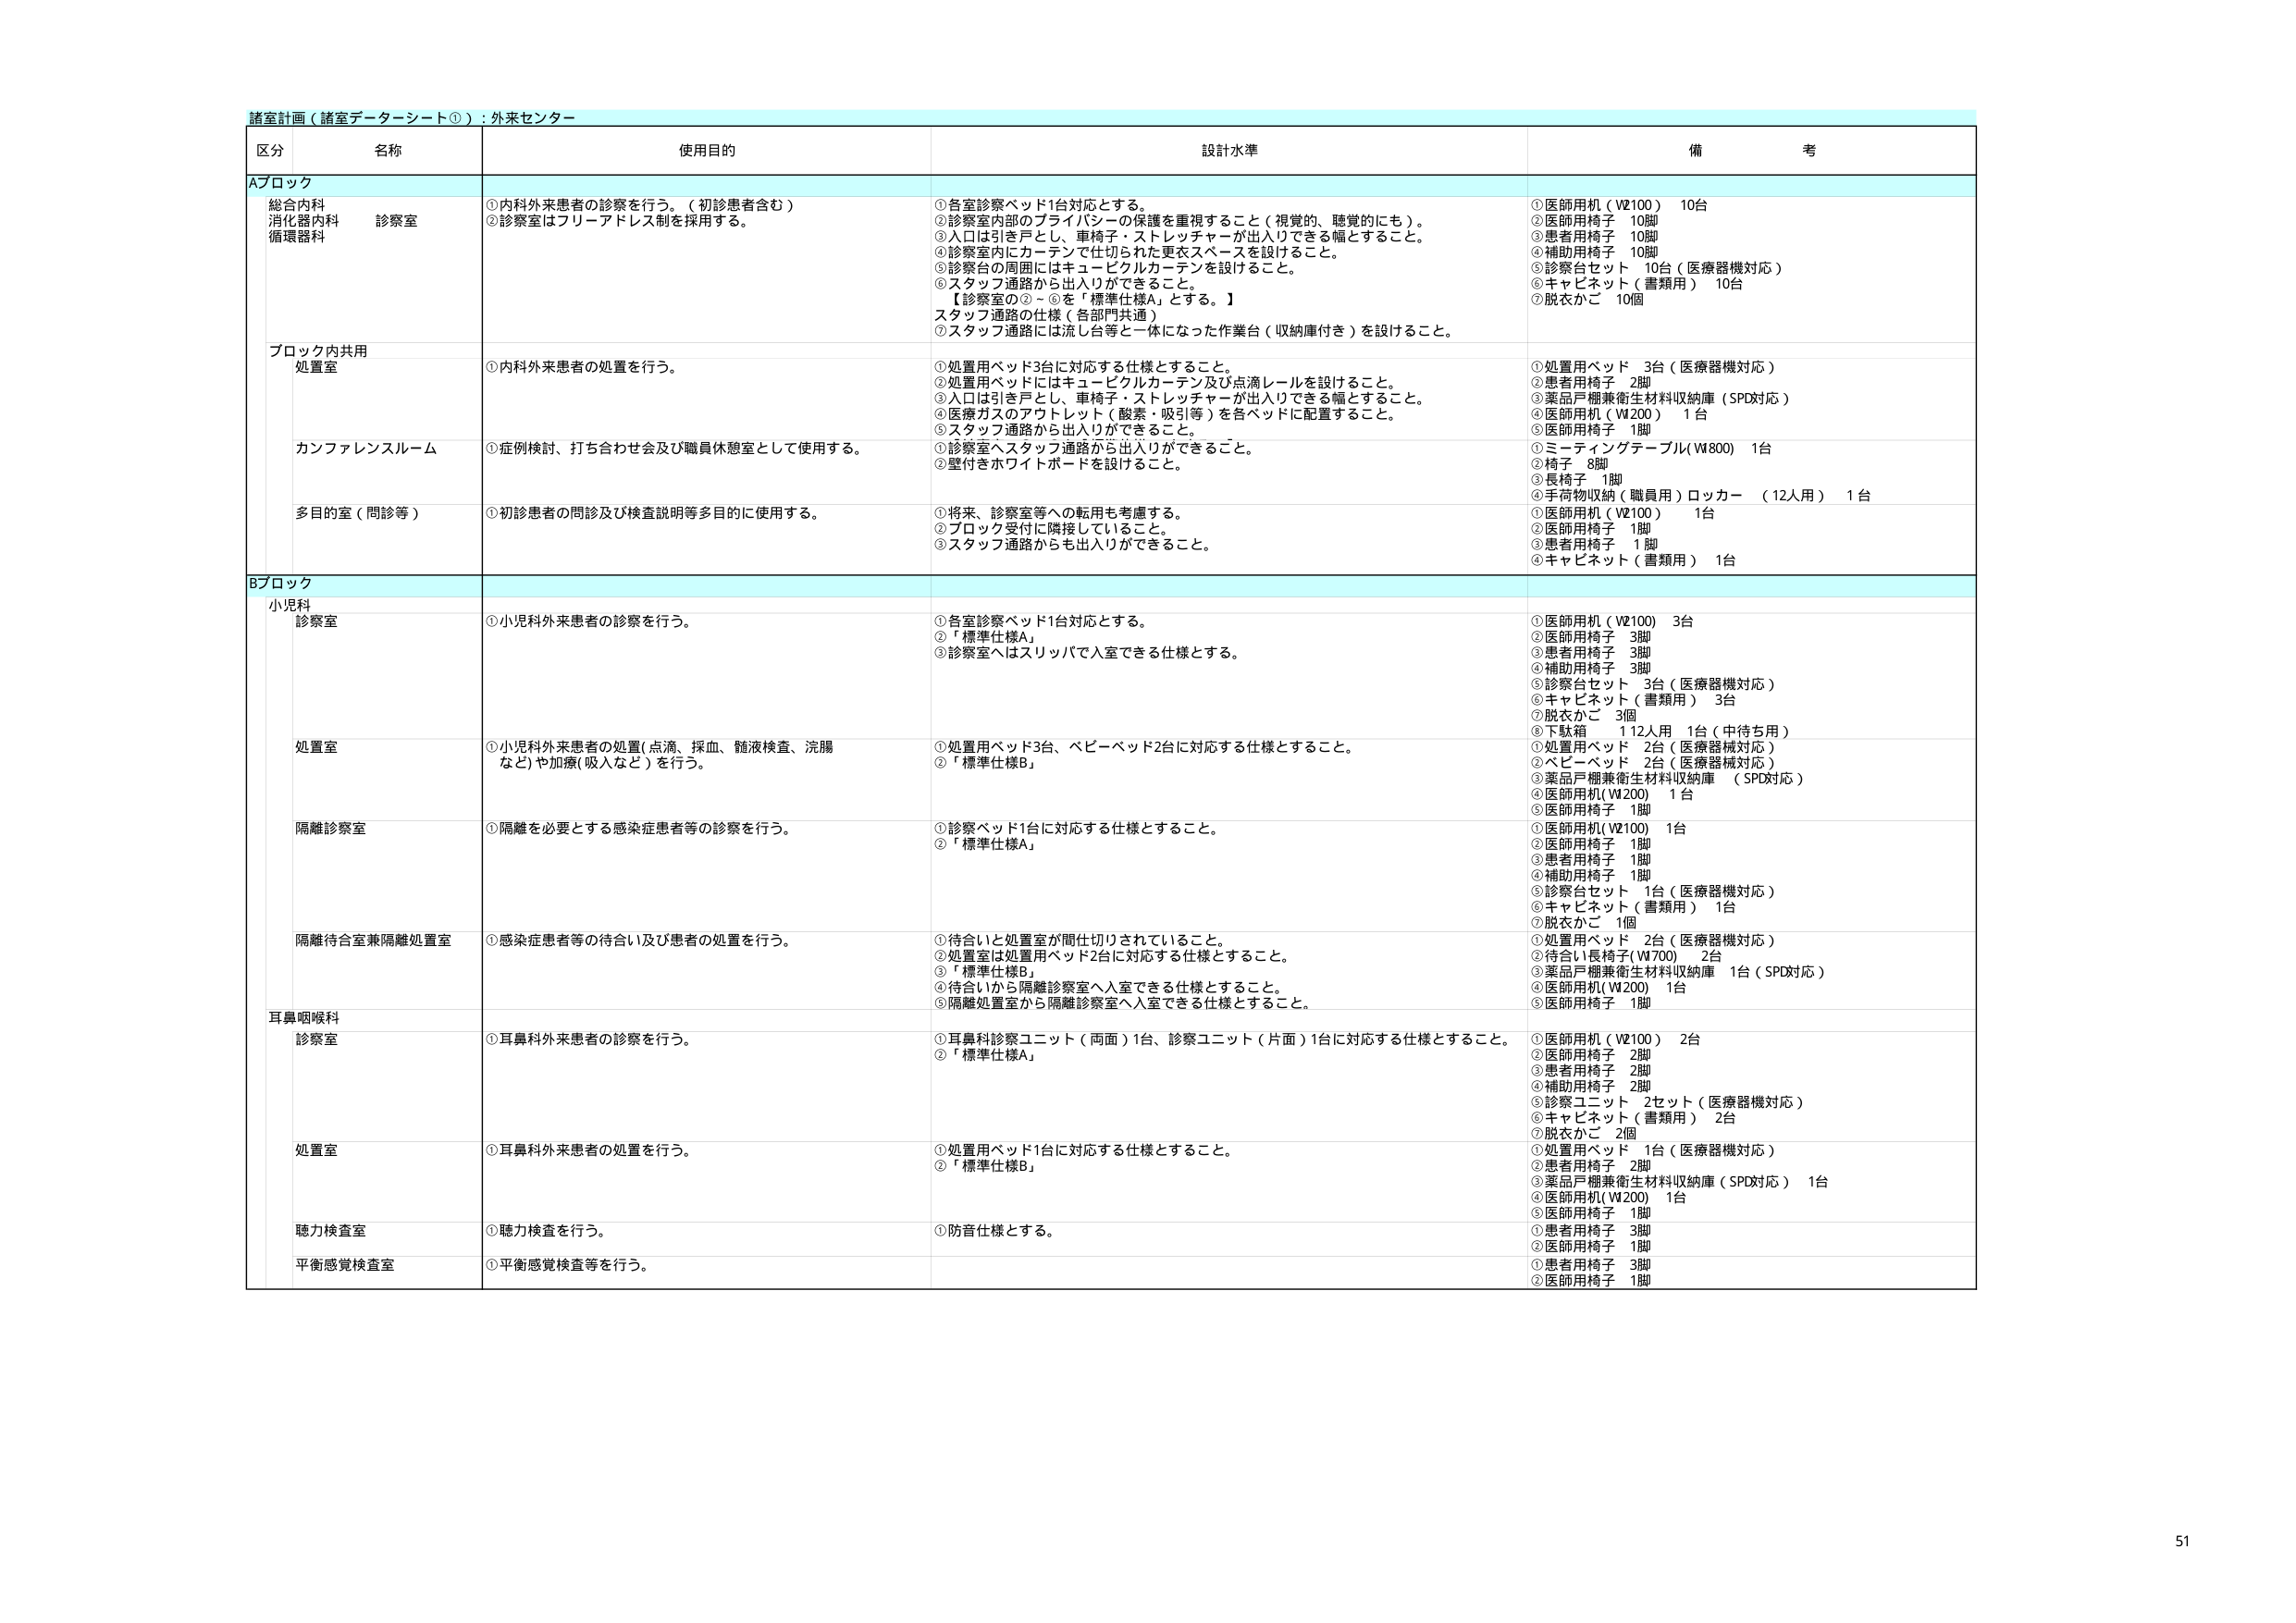
諸室計画（諸室データシート①）：外来センター

区分 名称 使用目的 設計水準 備考

Aブロック

総合内科 診察室 ①内科外来患者の診察を行う。（初診患者含む） ①各室診察ベッド1台対応とする。 ①医師用机（W2100） 10台 消化器内科 ②診察室はフリーアドレス制を採用する。 ②診察室内部のプライバシーの保護を重視すること（視覚的、聴覚的にも）。 ②医師用椅子 10脚 循環器科 ③入口は引き戸とし、車椅子・ストレッチャーが出入りできる幅とすること。 ③患者用椅子 10脚 ④診察室内にカーテンで仕切られた更衣スペースを設けること。 ④補助用椅子 10脚 ⑤診察台の周囲にはキュービクルカーテンを設けること。 ⑤診察台セット 10台（医療器機対応） ⑥スタッフ通路から出入りができること。 ⑥キャビネット（書類用） 10台 【診察室の②～⑥を「標準仕様A」とする。】 ⑦脱衣かご 10個 スタッフ通路の仕様（各部門共通） ⑦スタッフ通路には流し台等と一体になった作業台（収納庫付き）を設けること。

ブロック内共用 処置室 ①内科外来患者の処置を行う。 ①処置用ベッド3台に対応する仕様とすること。 ①処置用ベッド 3台（医療器機対応） ②処置用ベッドにはキュービクルカーテン及び点滴レールを設けること。 ②患者用椅子 2脚 ③入口は引き戸とし、車椅子・ストレッチャーが出入りできる幅とすること。 ③薬品戸棚兼衛生材料収納庫（SPD対応） ④医療ガスのアウトレット（酸素・吸引等）を各ベッドに配置すること。 ④医師用机（W200） 1台 ⑤スタッフ通路から出入りができること。 ⑤医師用椅子 1脚 ⑥診察室へスタッフ通路から出入りができること。 ①ミーティングテーブル（W800） 1台 ⑦壁付きホワイトボードを設けること。 ②椅子 8脚 ③長椅子 1脚 ④手荷物収納（職員用）ロッカー （12人用） 1台

カウンファレンスルーム ①症例検討、打ち合わせ会及び職員休憩室として使用する。

多目的室（問診等） ①初診患者の問診及び検査説明等多目的に使用する。 ①将来、診察室等への転用も考慮する。 ①医師用机（W2100） 1台 ②ブロック受付に隣接していること。 ②医師用椅子 1脚 ③スタッフ通路からも出入りができること。 ③患者用椅子 1脚 ④キャビネット（書類用） 1台

Bブロック

小児科 診察室 ①小児科外来患者の診察を行う。 ①各室診察ベッド1台対応とする。 ①医師用机（W2100） 3台 ②「標準仕様A」 ②医師用椅子 3脚 ③診察室へはスリッパで入室できる仕様とする。 ③患者用椅子 3脚 ④補助用椅子 3脚 ⑤診察台セット 3台（医療器機対応） ⑥キャビネット（書類用） 3台 ⑦脱衣かご 3個 ⑧下駄箱 112人用 1台（中待ち用）

処置室 ①小児科外来患者の処置（点滴、採血、髄液検査、洗腸など）や加療（吸入など）を行う。 ①処置用ベッド3台、ベビーベッド2台に対応する仕様とすること。 ①処置用ベッド 2台（医療器機対応） ②「標準仕様B」 ②ベビーベッド 2台（医療器機対応） ③薬品戸棚兼衛生材料収納庫 （SPD対応） ④医師用机（W200） 1台 ⑤医師用椅子 1脚

隔離診察室 ①隔離を必要とする感染症患者等の診察を行う。 ①診察ベッド1台に対応する仕様とすること。 ①医師用机（W2100） 1台 ②「標準仕様A」 ②医師用椅子 1脚 ③患者用椅子 1脚 ④補助用椅子 1脚 ⑤診察台セット 1台（医療器機対応） ⑥キャビネット（書類用） 1台 ⑦脱衣かご 1個

隔離待合室兼隔離処置室 ①感染症患者等の待合い及び患者の処置を行う。 ①待合いと処置室が間仕切りされていること。 ①処置用ベッド 2台（医療器機対応） ②処置室は処置用ベッド2台に対応する仕様とすること。 ②待合い長椅子（W700） 2台 ③「標準仕様B」 ③薬品戸棚兼衛生材料収納庫 1台（SPD対応） ④待合いから隔離診察室へ入室できる仕様とすること。 ④医師用机（W200） 1台 ⑤隔離処置室から隔離診察室へ入室できる仕様とすること。 ⑤医師用椅子 1脚

耳鼻咽喉科 診察室 ①耳鼻科外来患者の診察を行う。 ①耳鼻科診察ユニット（両面）1台、診察ユニット（片面）1台に対応する仕様とすること。 ①医師用机（W2100） 2台 ②「標準仕様A」 ②医師用椅子 2脚 ③患者用椅子 2脚 ④補助用椅子 2脚 ⑤診察ユニット 2セット（医療器機対応） ⑥キャビネット（書類用） 2台 ⑦脱衣かご 2個

処置室 ①耳鼻科外来患者の処置を行う。 ①処置用ベッド1台に対応する仕様とすること。 ①処置用ベッド 1台（医療器機対応） ②「標準仕様B」 ②患者用椅子 2脚 ③薬品戸棚兼衛生材料収納庫（SPD対応） 1台 ④医師用机（W200） 1台 ⑤医師用椅子 1脚

聴力検査室 ①聴力検査を行う。 ①防音仕様とする。 ①患者用椅子 3脚 ②医師用椅子 1脚

平衡感覚検査室 ①平衡感覚検査等を行う。 ①患者用椅子 3脚 ②医師用椅子 1脚

51